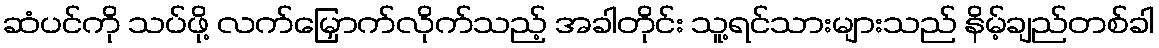
ဆံပင်ကို သပ်ဖို့ လက်မြှောက်လိုက်သည့် အခါတိုင်း သူ့ရင်သားများသည် နိမ့်ချည်တစ်ခါ